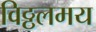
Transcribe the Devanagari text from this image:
विठ्ठलमय